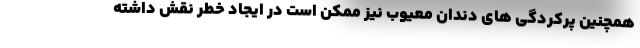
همچنین پرکردگی های دندان معیوب نیز ممکن است در ایجاد خطر نقش داشته